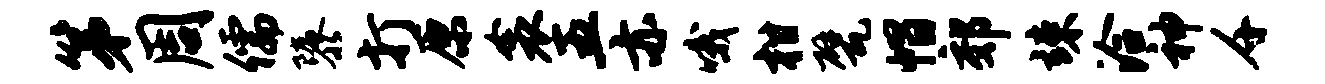
第周儒隳打原衾五亦哦柑甓帽郊竦洽神千